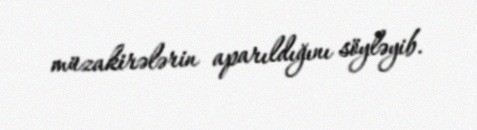
müzakirələrin aparıldığını söyləyib.